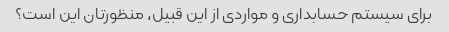
برای سیستم حسابداری و مواردی از این قبیل، منظورتان این است؟